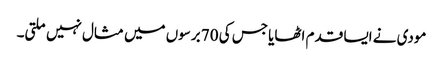
مودی نے ایسا قدم اٹھایا جس کی 70 برسوں میں مثال نہیں ملتی۔